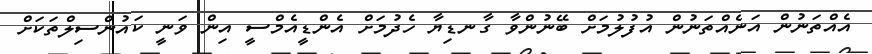
އެއްތަނުން އަނެއްތަނުން އުފުލުމަށް ބޭނުންވާ ގާނޑިޔާ ހެދުމަށް އެންޑީއެމްސީ އިން ވަނީ ކައުންސިލްތަކަށް